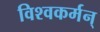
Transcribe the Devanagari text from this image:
विश्वकर्मन्‌